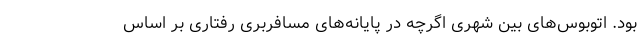
بود. اتوبوس‌های بین‌ شهری اگرچه در پایانه‌های مسافربری رفتاری بر اساس